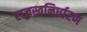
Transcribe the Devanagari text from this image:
राजस्वनिर्धारण